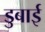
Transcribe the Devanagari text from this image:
डुबाई